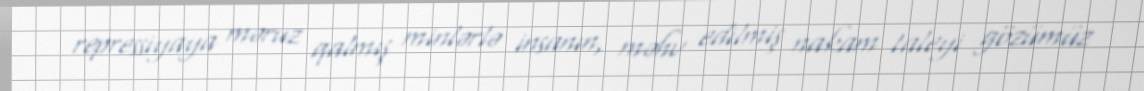
repressiyaya məruz qalmış minlərlə insanın, məhv edilmiş nakam taleyi gözümüz